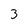
Character: 3